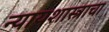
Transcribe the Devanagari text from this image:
न्यायशास्त्राचा